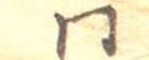
同